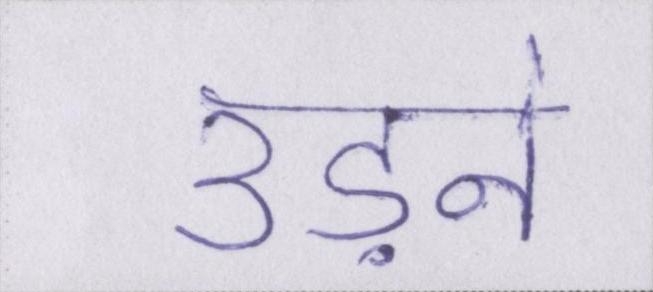
उड़ने